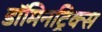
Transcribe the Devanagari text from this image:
डॉमिनट्रिक्स